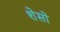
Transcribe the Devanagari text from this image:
शेसो